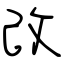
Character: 改